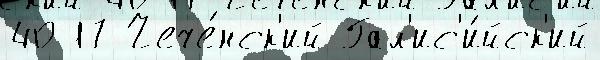
40 17 Чече́нск'ий Гал'ис'и́йск'ий